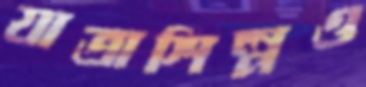
যাত্রাশিল্পও